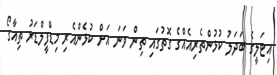
އިޓަލީގެ ބަދަލު ކުޅުންތެރިއެއްގެ ގޮތުގައި ތިން ވަނަ އަށް ކުޅެންއެރި މިޑްފީލްޑަރު ތިއާގޯ